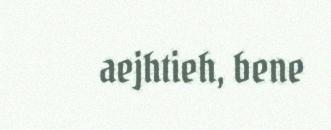
aejhtieh, bene